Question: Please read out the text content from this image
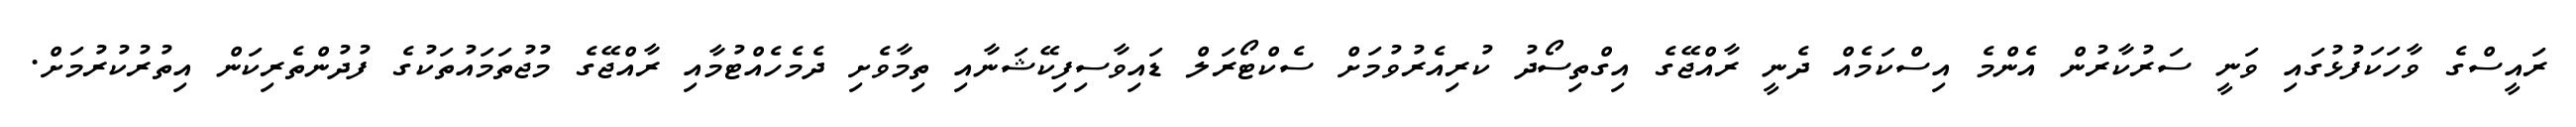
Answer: ރައީސްގެ ވާހަކަފުޅުގައި ވަނީ ސަރުކާރުން އެންމެ އިސްކަމެއް ދެނީ ރާއްޖޭގެ އިގްތިސޯދު ކުރިއެރުވުމަށް ސެކްޓޯރަލް ޑައިވާސިފިކޭޝަނާއި ތިމާވެށި ދެމެހެއްޓުމާއި ރާއްޖޭގެ މުޖުތަމައުތަކުގެ ފުދުންތެރިކަން އިތުރުކުރުމަށް.